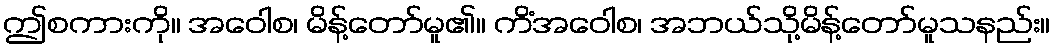
ဤစကားကို။ အဝေါစ၊ မိန့်တော်မူ၏။ ကိံအဝေါစ၊ အဘယ်သို့မိန့်တော်မူသနည်း။